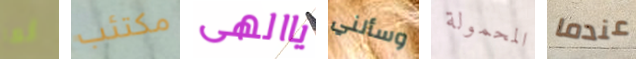
أنها مكتئب ياالهى وسألني المحمولة عندما